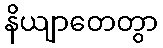
နိယျာတေတွာ